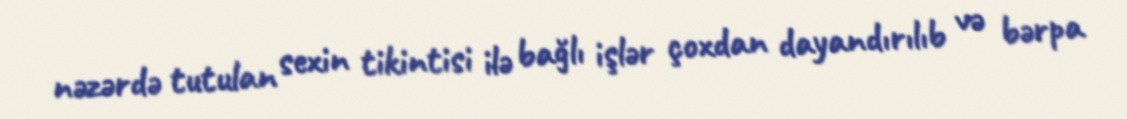
nəzərdə tutulan sexin tikintisi ilə bağlı işlər çoxdan dayandırılıb və bərpa